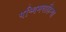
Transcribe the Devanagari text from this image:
पश्चिमवाहिन्या